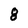
Character: 8